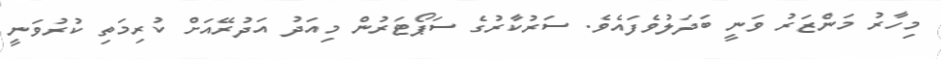
މިހާރު މަންޒަރު ވަނީ ބަދަލުވެފައެވެ. ސަރުކާރުގެ ސަޕޯޓަރުން މިއަދު އަދުރޭއަށް ކުރިމަތި ކުރުވަނީ